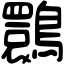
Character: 䴉